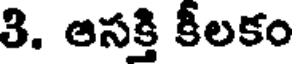
3. ఆసక్తి కీలకం